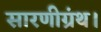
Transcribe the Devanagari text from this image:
सारणीग्रंथ।